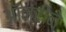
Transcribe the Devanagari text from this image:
ऑन्रीने